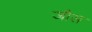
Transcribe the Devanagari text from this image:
जौस